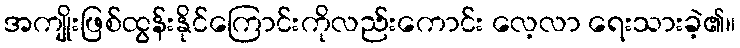
အကျိုးဖြစ်ထွန်းနိုင်ကြောင်းကိုလည်းကောင်း လေ့လာ ရေးသားခဲ့၏။